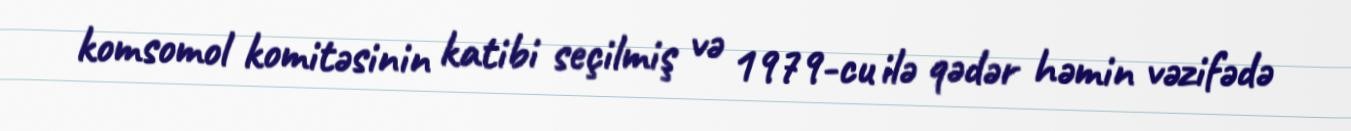
komsomol komitəsinin katibi seçilmiş və 1979-cu ilə qədər həmin vəzifədə